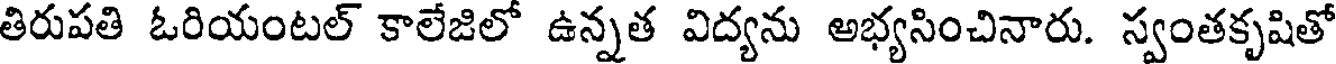
తిరుపతి ఓరియంటల్ కాలేజిలో ఉన్నత విద్యను అభ్యసించినారు. స్వంతకృషితో